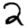
Digit: 2